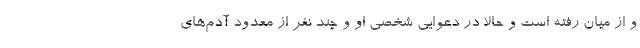
و از میان رفته است و حالا در دعوایی شخصی او و چند نفر از معدود آدم‌های